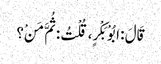
قَالَ : ابُوْ بَکْرٍ، قُلْتُ : ثُمَّ مَنْ؟